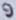
Text: 9